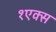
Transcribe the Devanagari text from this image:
१एक्स